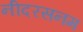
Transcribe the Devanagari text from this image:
नीदरसनम